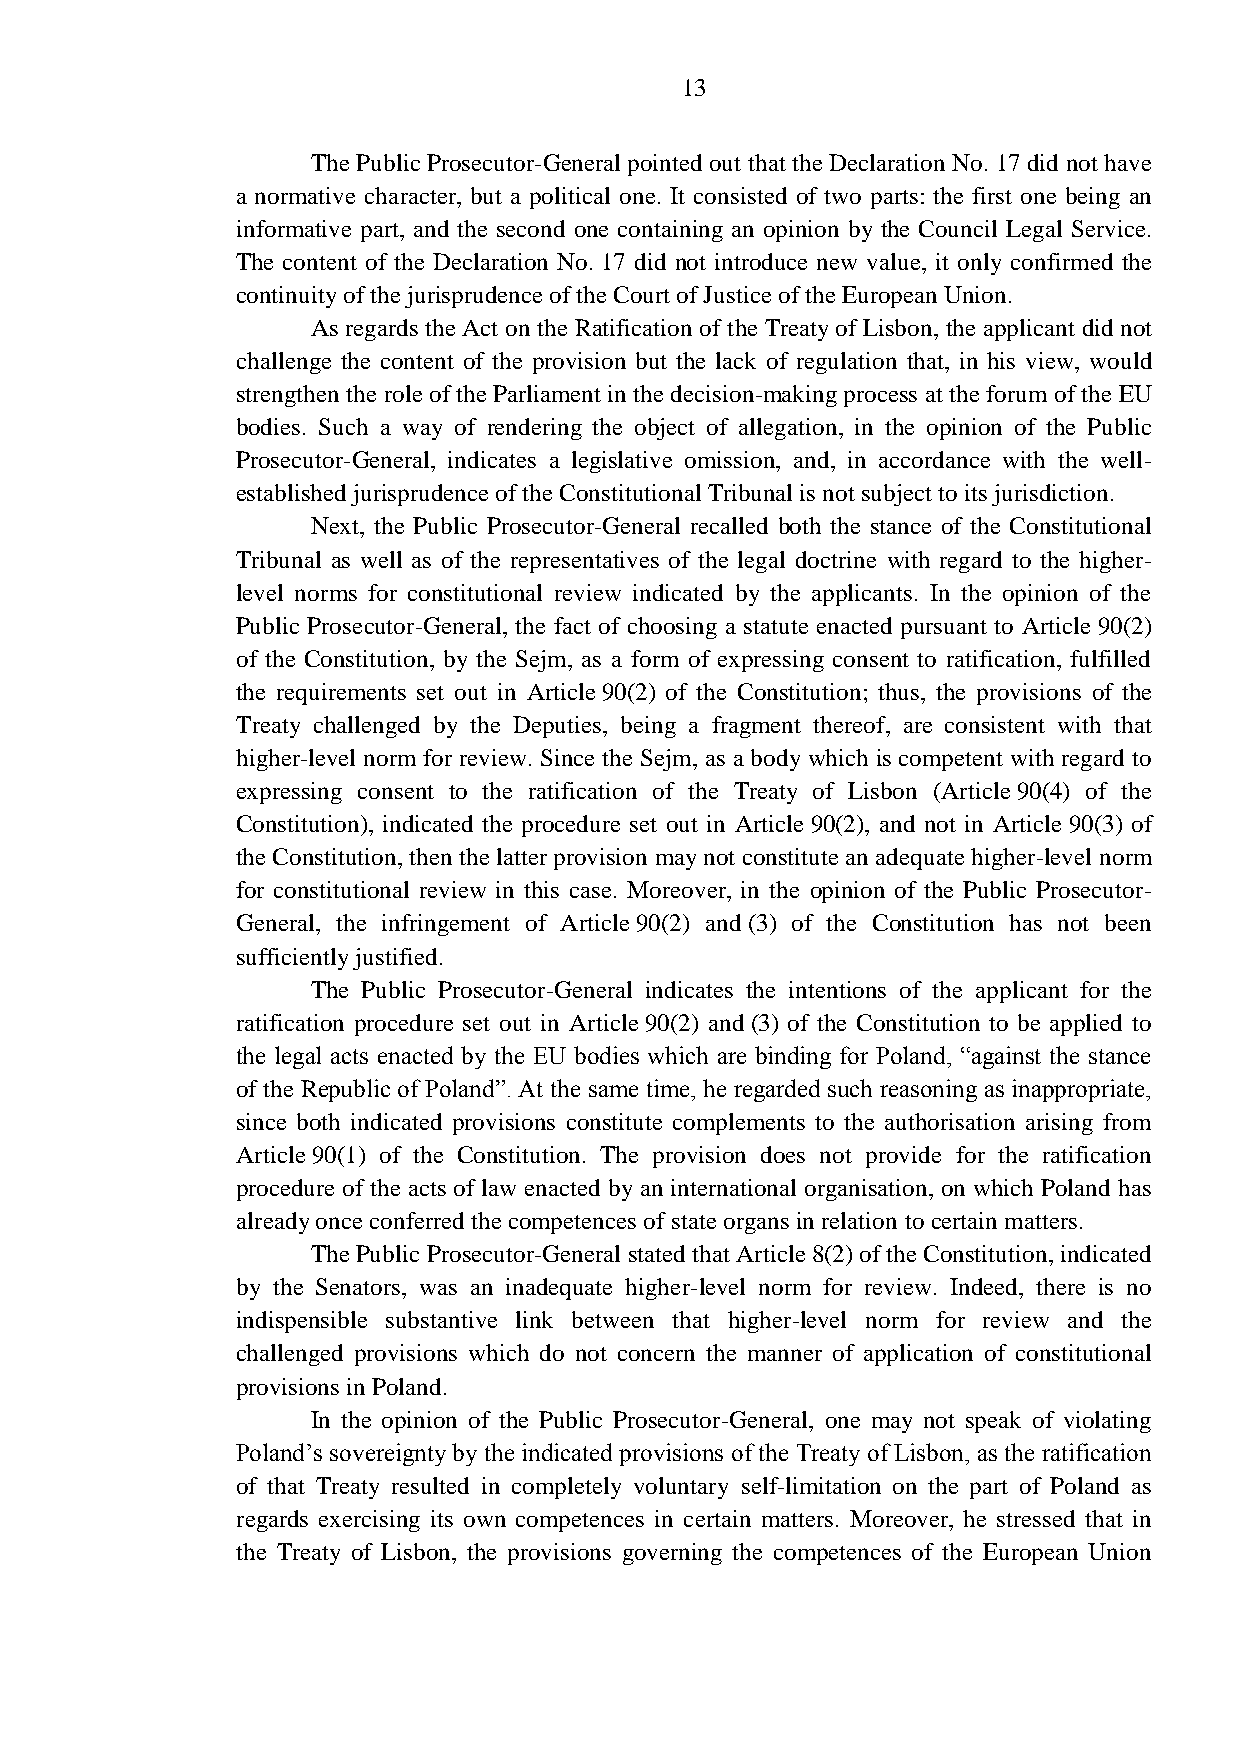
13
 The Public Prosecutor-General pointed out that the Declaration No. 17 did not have
 a normative character, but a political one. It consisted of two parts: the first one being an
 informative part, and the second one containing an opinion by the Council Legal Service.
 The content of the Declaration No. 17 did not introduce new value, it only confirmed the
 continuity of the jurisprudence of the Court of Justice of the European Union.
 As regards the Act on the Ratification of the Treaty of Lisbon, the applicant did not
 challenge the content of the provision but the lack of regulation that, in his view, would
 strengthen the role of the Parliament in the decision-making process at the forum of the EU
 bodies. Such a way of rendering the object of allegation, in the opinion of the Public
 Prosecutor-General, indicates a legislative omission, and, in accordance with the well-
 established jurisprudence of the Constitutional Tribunal is not subject to its jurisdiction.
 Next, the Public Prosecutor-General recalled both the stance of the Constitutional
 Tribunal as well as of the representatives of the legal doctrine with regard to the higher-
 level norms for constitutional review indicated by the applicants. In the opinion of the
 Public Prosecutor-General, the fact of choosing a statute enacted pursuant to Article 90(2)
 of the Constitution, by the Sejm, as a form of expressing consent to ratification, fulfilled
 the requirements set out in Article 90(2) of the Constitution; thus, the provisions of the
 Treaty challenged by the Deputies, being a fragment thereof, are consistent with that
 higher-level norm for review. Since the Sejm, as a body which is competent with regard to
 expressing consent to the ratification of the Treaty of Lisbon (Article 90(4) of the
 Constitution), indicated the procedure set out in Article 90(2), and not in Article 90(3) of
 the Constitution, then the latter provision may not constitute an adequate higher-level norm
 for constitutional review in this case. Moreover, in the opinion of the Public Prosecutor-
 General, the infringement of Article 90(2) and (3) of the Constitution has not been
 sufficiently justified.
 The Public Prosecutor-General indicates the intentions of the applicant for the
 ratification procedure set out in Article 90(2) and (3) of the Constitution to be applied to
 the legal acts enacted by the EU bodies which are binding for Poland, “against the stance
 of the Republic of Poland”. At the same time, he regarded such reasoning as inappropriate,
 since both indicated provisions constitute complements to the authorisation arising from
 Article 90(1) of the Constitution. The provision does not provide for the ratification
 procedure of the acts of law enacted by an international organisation, on which Poland has
 already once conferred the competences of state organs in relation to certain matters.
 The Public Prosecutor-General stated that Article 8(2) of the Constitution, indicated
 by the Senators, was an inadequate higher-level norm for review. Indeed, there is no
 indispensible substantive link between that higher-level norm for review and the
 challenged provisions which do not concern the manner of application of constitutional
 provisions in Poland.
 In the opinion of the Public Prosecutor-General, one may not speak of violating
 Poland’s sovereignty by the indicated provisions of the Treaty of Lisbon, as the ratification
 of that Treaty resulted in completely voluntary self-limitation on the part of Poland as
 regards exercising its own competences in certain matters. Moreover, he stressed that in
 the Treaty of Lisbon, the provisions governing the competences of the European Union